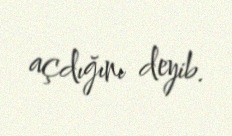
açdığını deyib.